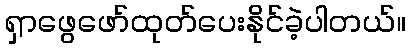
ရှာဖွေဖော်ထုတ်ပေးနိုင်ခဲ့ပါတယ်။